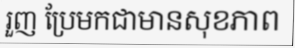
រួញ ប្រែមកជាមានសុខភាព